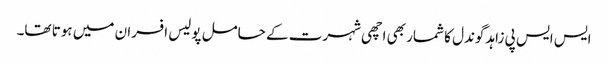
ایس ایس پی زاہد گوندل کا شمار بھی اچھی شہرت کے حامل پولیس افسران میں ہوتا تھا۔